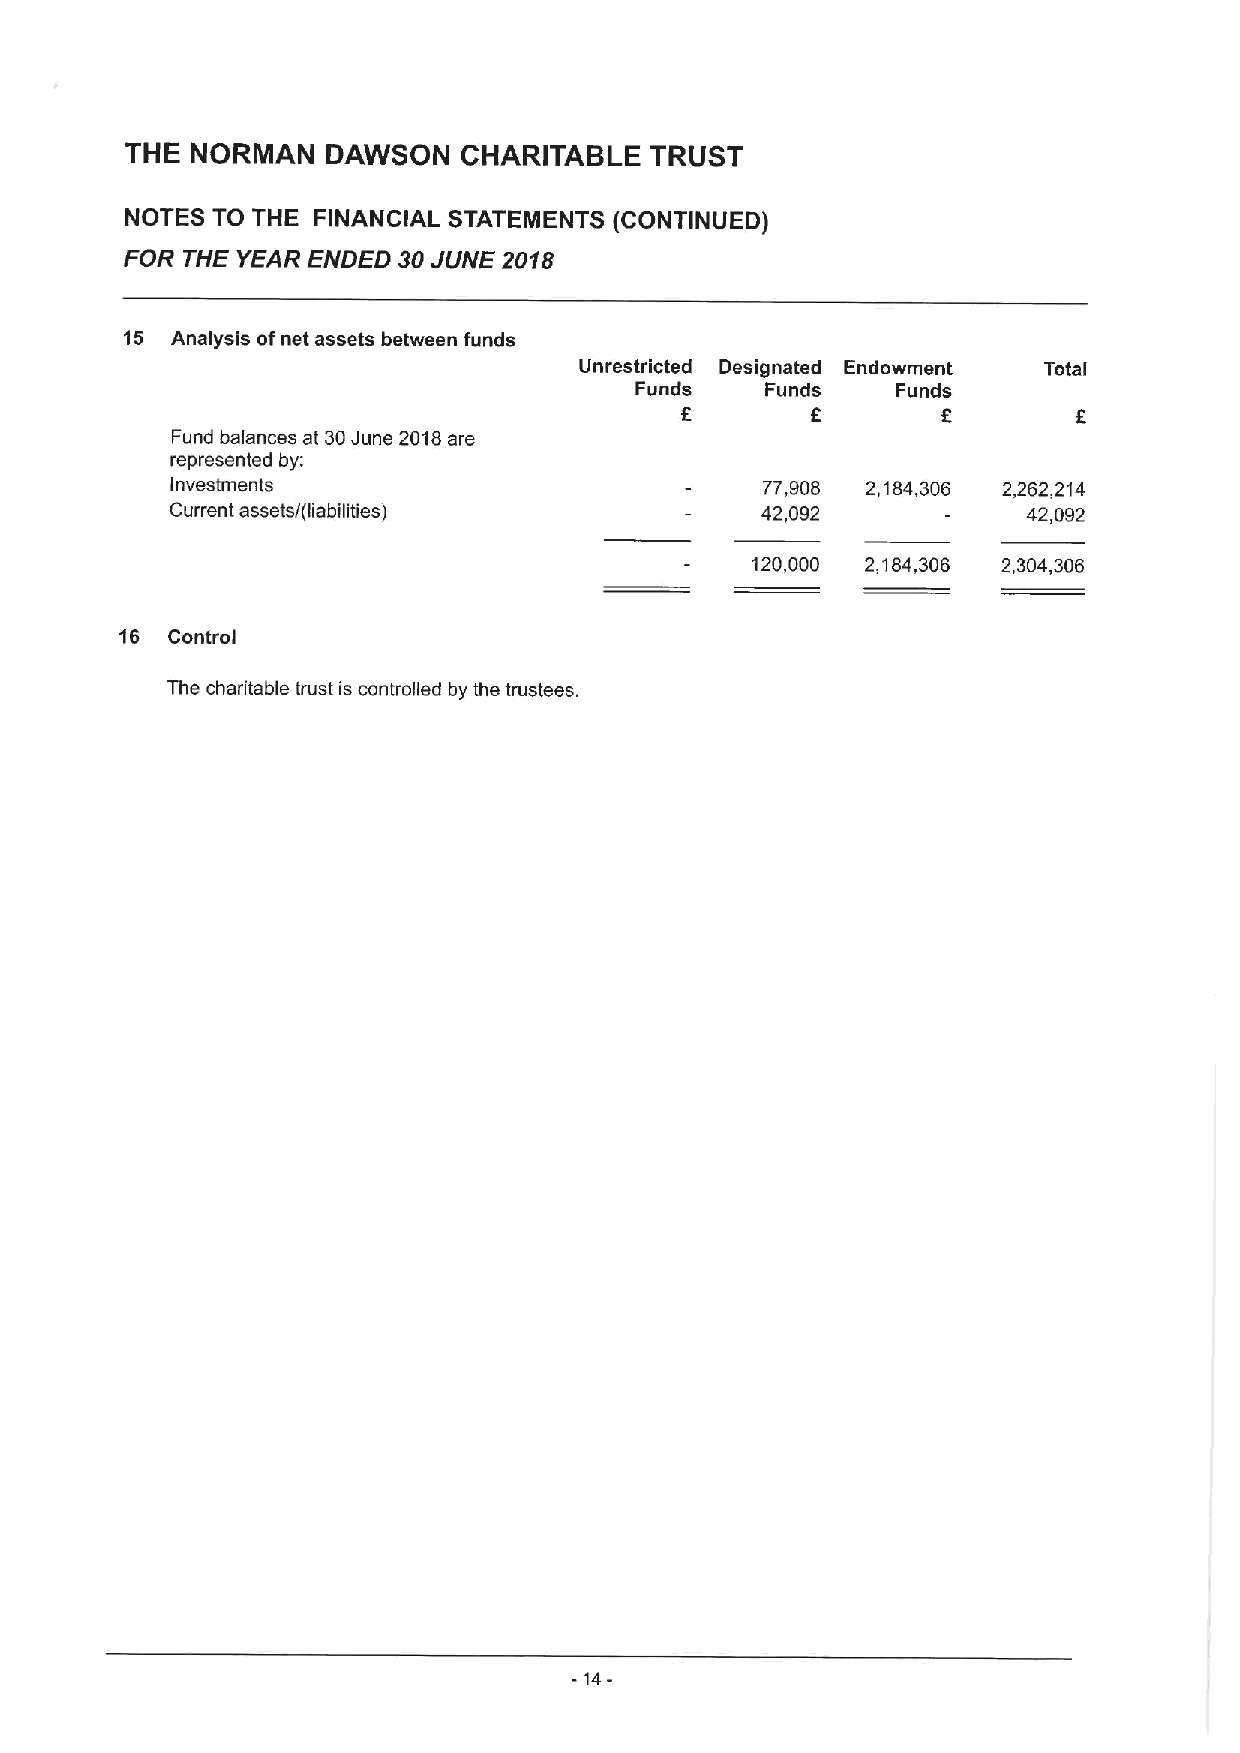
THE  NORMAN   DAWSON  CHARITABLE   TRUST
 NOTES TO THE FINANCIAL STATEMENTS (CONTINUED)
 FOR THE YEAR ENDED 30JUNE 2018
 15 Analysis ofnet assets between funds
 Unrestricted Designated Endowment Total
 Funds    Funds   Funds
 8
 Fund balances at 30June 2018are
 represented by:
 Investments                            77,908 2,184,306 2,262,214
 Current assets/(liabilities)           42,092            42,092
 120,000 2,184,306 2,304,306
 16 Control
 The charitable trust is controlled by the trustees.
 -14-